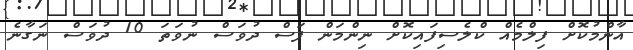
އާންމުކޮށް ފިލްމެއް ކްލެސިފައިކޮށް ނިންމަން ފަސް ދުވަސް ނުވަތަ 10 ދުވަސް ނަގާނެ